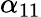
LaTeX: \alpha_{11}